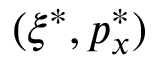
( \xi ^ { * } , p _ { x } ^ { * } )